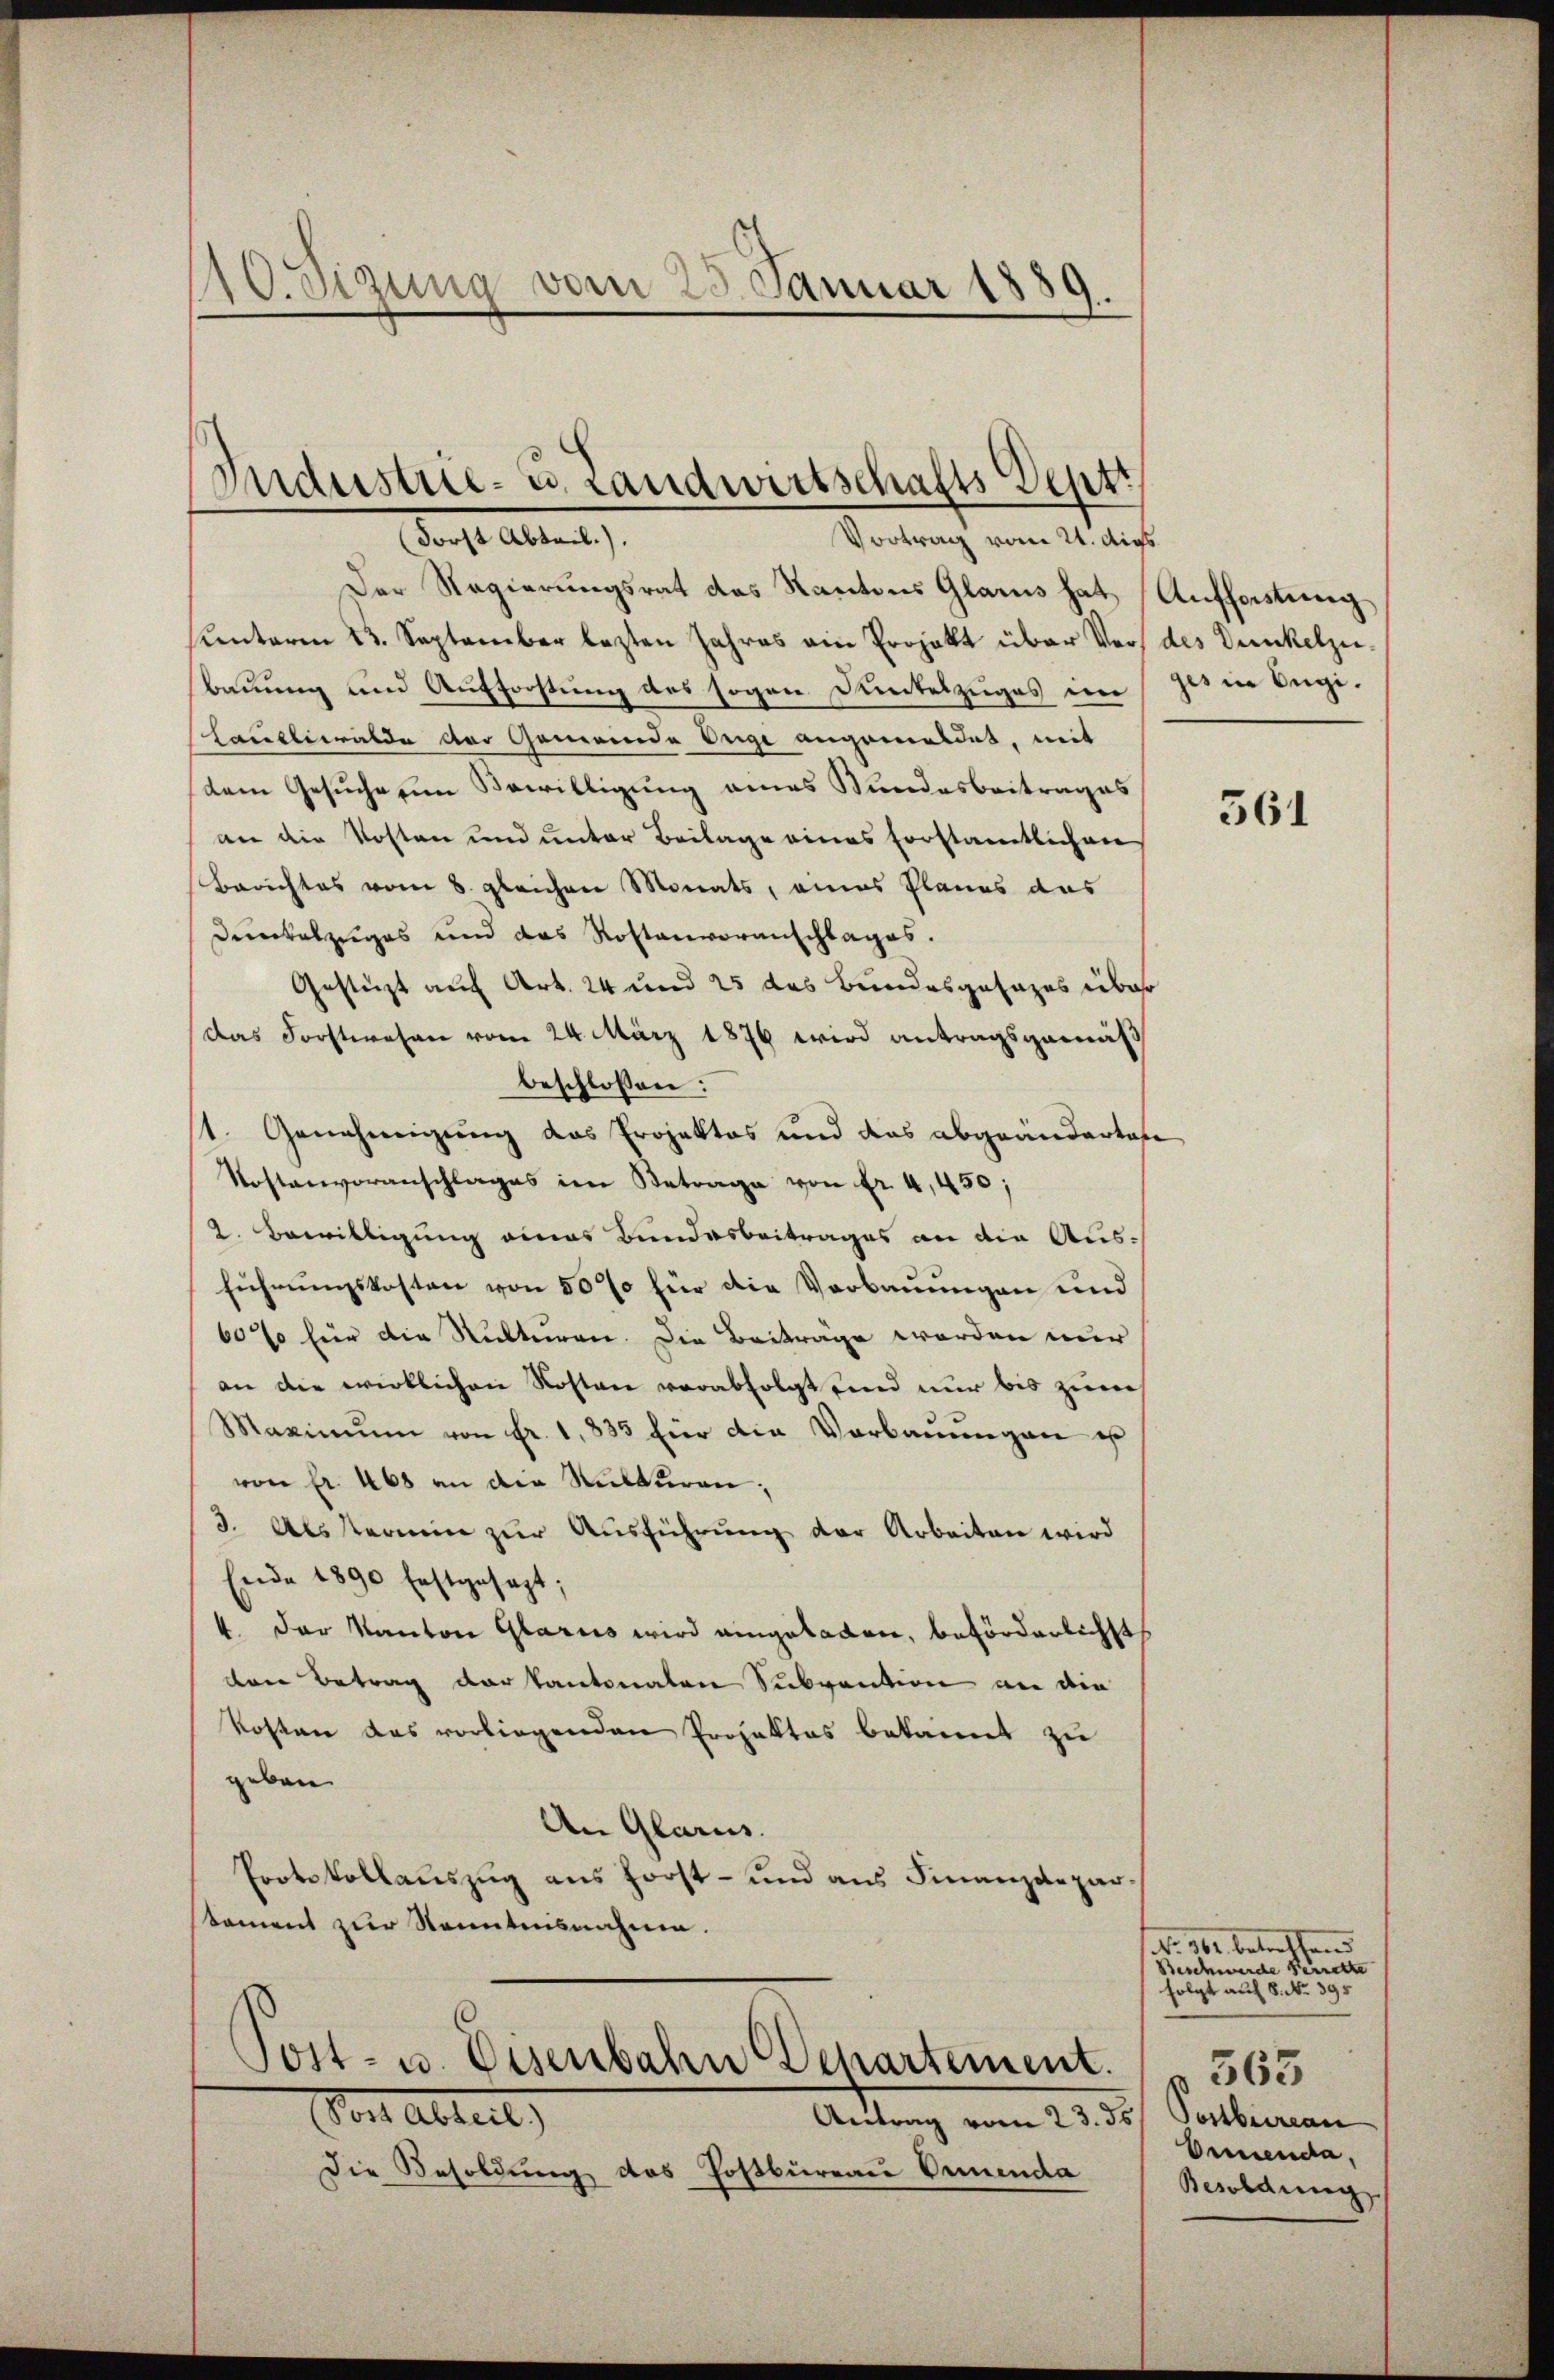
20. Sizung vom 25. Januar 1889.

Industrie- u. Landwirtschafts-Deptr
ach Alten,
Vortrag vom 24. ds.

Der Regierungsrat das Kantons Glarus hat Auffastung
Kenterm 13. September lezten Jahres ain Projekt über Vors des Dunkelzeibauung und Aufforstung des sogen Dunkelzuges in des in Augi¬
Laueliwalde der Gemeinde Enge angemeldet, mit
dem Gesuche um Bewilligung eines Bundesbeitrages
an die Kosten und unter Beilage eines Forstamtlichen
Berichtes vom 8. gleichen Monats, eines Planes das
Dunckelzuges und das Rostenvoranschlages.
Gestüzt auf Art. 24 und 25 des Bundesgesages über
Das Forstwesen vom 24. März 1876 wird antragsgemäß
beschlossen:
st. Genehmigung das Projektes und das abgeänderten
Kostenvoranschlages im Betrage von fr. 4,450;
2. Bewilligung eines Bundesbeitrages an die Ausführungskosten von 50% für die Verbauungen und
60% für die Rukturen. Die Beiträge werden nur
an die wirklichen Kosten verabfolgt und nur bis zum
Maximum von fr. 1,833 für die Verbauungen es
von fr. 468 an die Sittleren;
3. Als Vermin zŭr Aŭsführŭng der Arbeiten wird
Ende 1890 festgesezt;
4. Der Kanton Glarus wird eingeladen, beförderlichsts
den Betrag der Kantonalen Subvention an die
kosten das vorliegenden Projektes bekannt zu
geben
An Glarus.
Protokollauszug aus forst- und aus Finanzdeparkoment zur Kenntnisnahme.

Post- u. Eisenbahn Departement.
bet Altert,
Antrag vom 23. ds Postbureau

Die Besoldung des Postbureau Armenda

561

N. 361 betreffend
Beschwerde Perrette
folgt auf 8. No. 395
 565
Orienda,
Besoldung